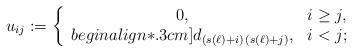
LaTeX: \begin{align*}u_{ij}:=\left\{\begin{array}{cl}0,&i\geq j,\\begin{align*}.3cm] d_{(s(\ell)+i)\, (s(\ell)+ j)}, & i<j;\end{array}\right.\end{align*}